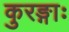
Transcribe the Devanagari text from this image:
कुरङ्गाः